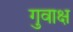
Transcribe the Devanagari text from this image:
गुवाक्ष